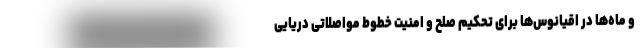
و ماه‌ها در اقیانوس‌ها برای تحکیم صلح و امنیت خطوط مواصلاتی دریایی